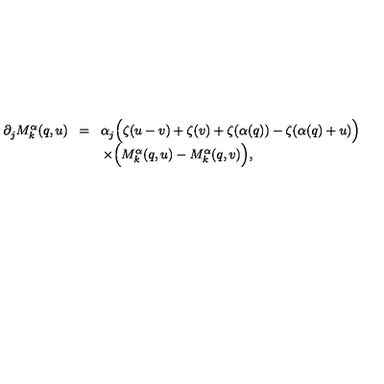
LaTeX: \begin{array} { r c l } { \partial _ { j } ^ { } M _ { k } ^ { \alpha } ( q , u ) \! } & { = } & { \! \alpha _ { j } ^ { } \Bigl ( \zeta ( u - v ) + \zeta ( v ) + \zeta ( \alpha ( q ) ) - \zeta ( \alpha ( q ) + u ) \Bigr ) } \\ { } & { } & { \times \Bigl ( M _ { k } ^ { \alpha } ( q , u ) - M _ { k } ^ { \alpha } ( q , v ) \Bigr ) , } \\ \end{array}